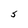
Character: S